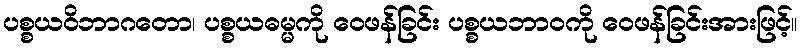
ပစ္စယဝိဘာဂတော၊ ပစ္စယဓမ္မကို ဝေဖန်ခြင်း ပစ္စယဘာဝကို ဝေဖန်ခြင်းအားဖြင့်။